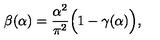
\beta ( \alpha ) = \frac { \alpha ^ { 2 } } { \pi ^ { 2 } } \Big ( 1 - \gamma ( \alpha ) \Big ) ,